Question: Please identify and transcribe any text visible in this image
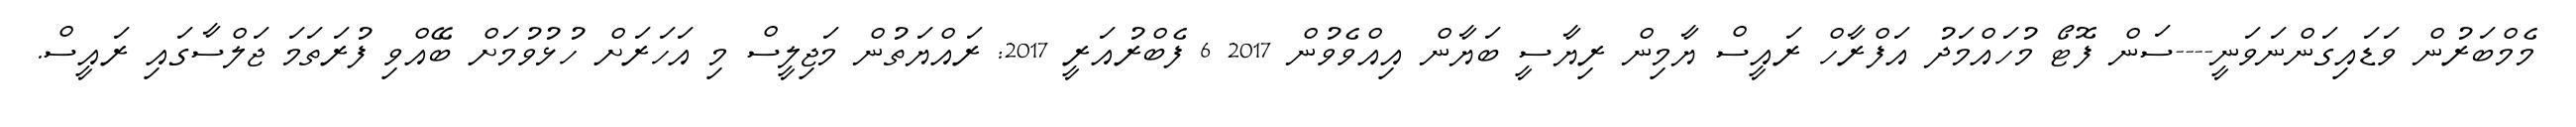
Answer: މެމްބަރުން ވަޑައިގަންނަވަނީ----ސަން ފޮޓޯ މުހައްމަދު އަފްރާހް ރައީސް ޔާމިން ރިޔާސީ ބަޔާން އިއްވެވުން 2017 6 ފެބްރުއަރީ 2017: ރައްޔަތުން މަޖިލީސް މި އަހަރަށް ހުޅުވުމަށް ބޭއްވި ފުރަތަމަ ޖަލްސާގައި ރައީސް.